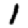
Digit: 1